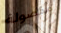
مفصولة